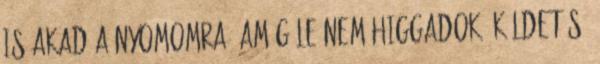
is akad a nyomomra, amíg le nem higgadok. Küldetés,